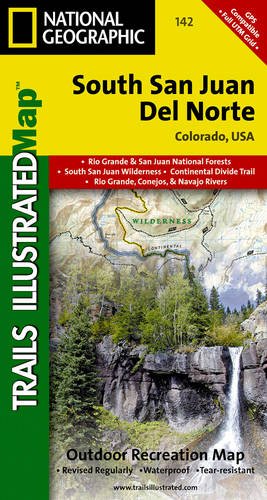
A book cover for South San Juan, Del Norte (National Geographic Trails Illustrated Map); National Geographic Maps - Trails Illustrated; Travel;